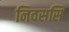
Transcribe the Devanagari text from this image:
निवससि